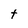
Character: t